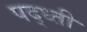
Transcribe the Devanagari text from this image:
पद्ध्ती